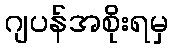
ဂျပန်အစိုးရမှ